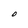
Character: O